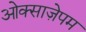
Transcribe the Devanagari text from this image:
ओक्साज़ेपम